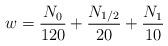
LaTeX: \begin{align*}w=\frac{N_0}{120} + \frac{N_{1/2}}{20}+ \frac{N_1}{10}\end{align*}